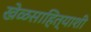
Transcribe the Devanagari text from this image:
खेळसाहित्याशी